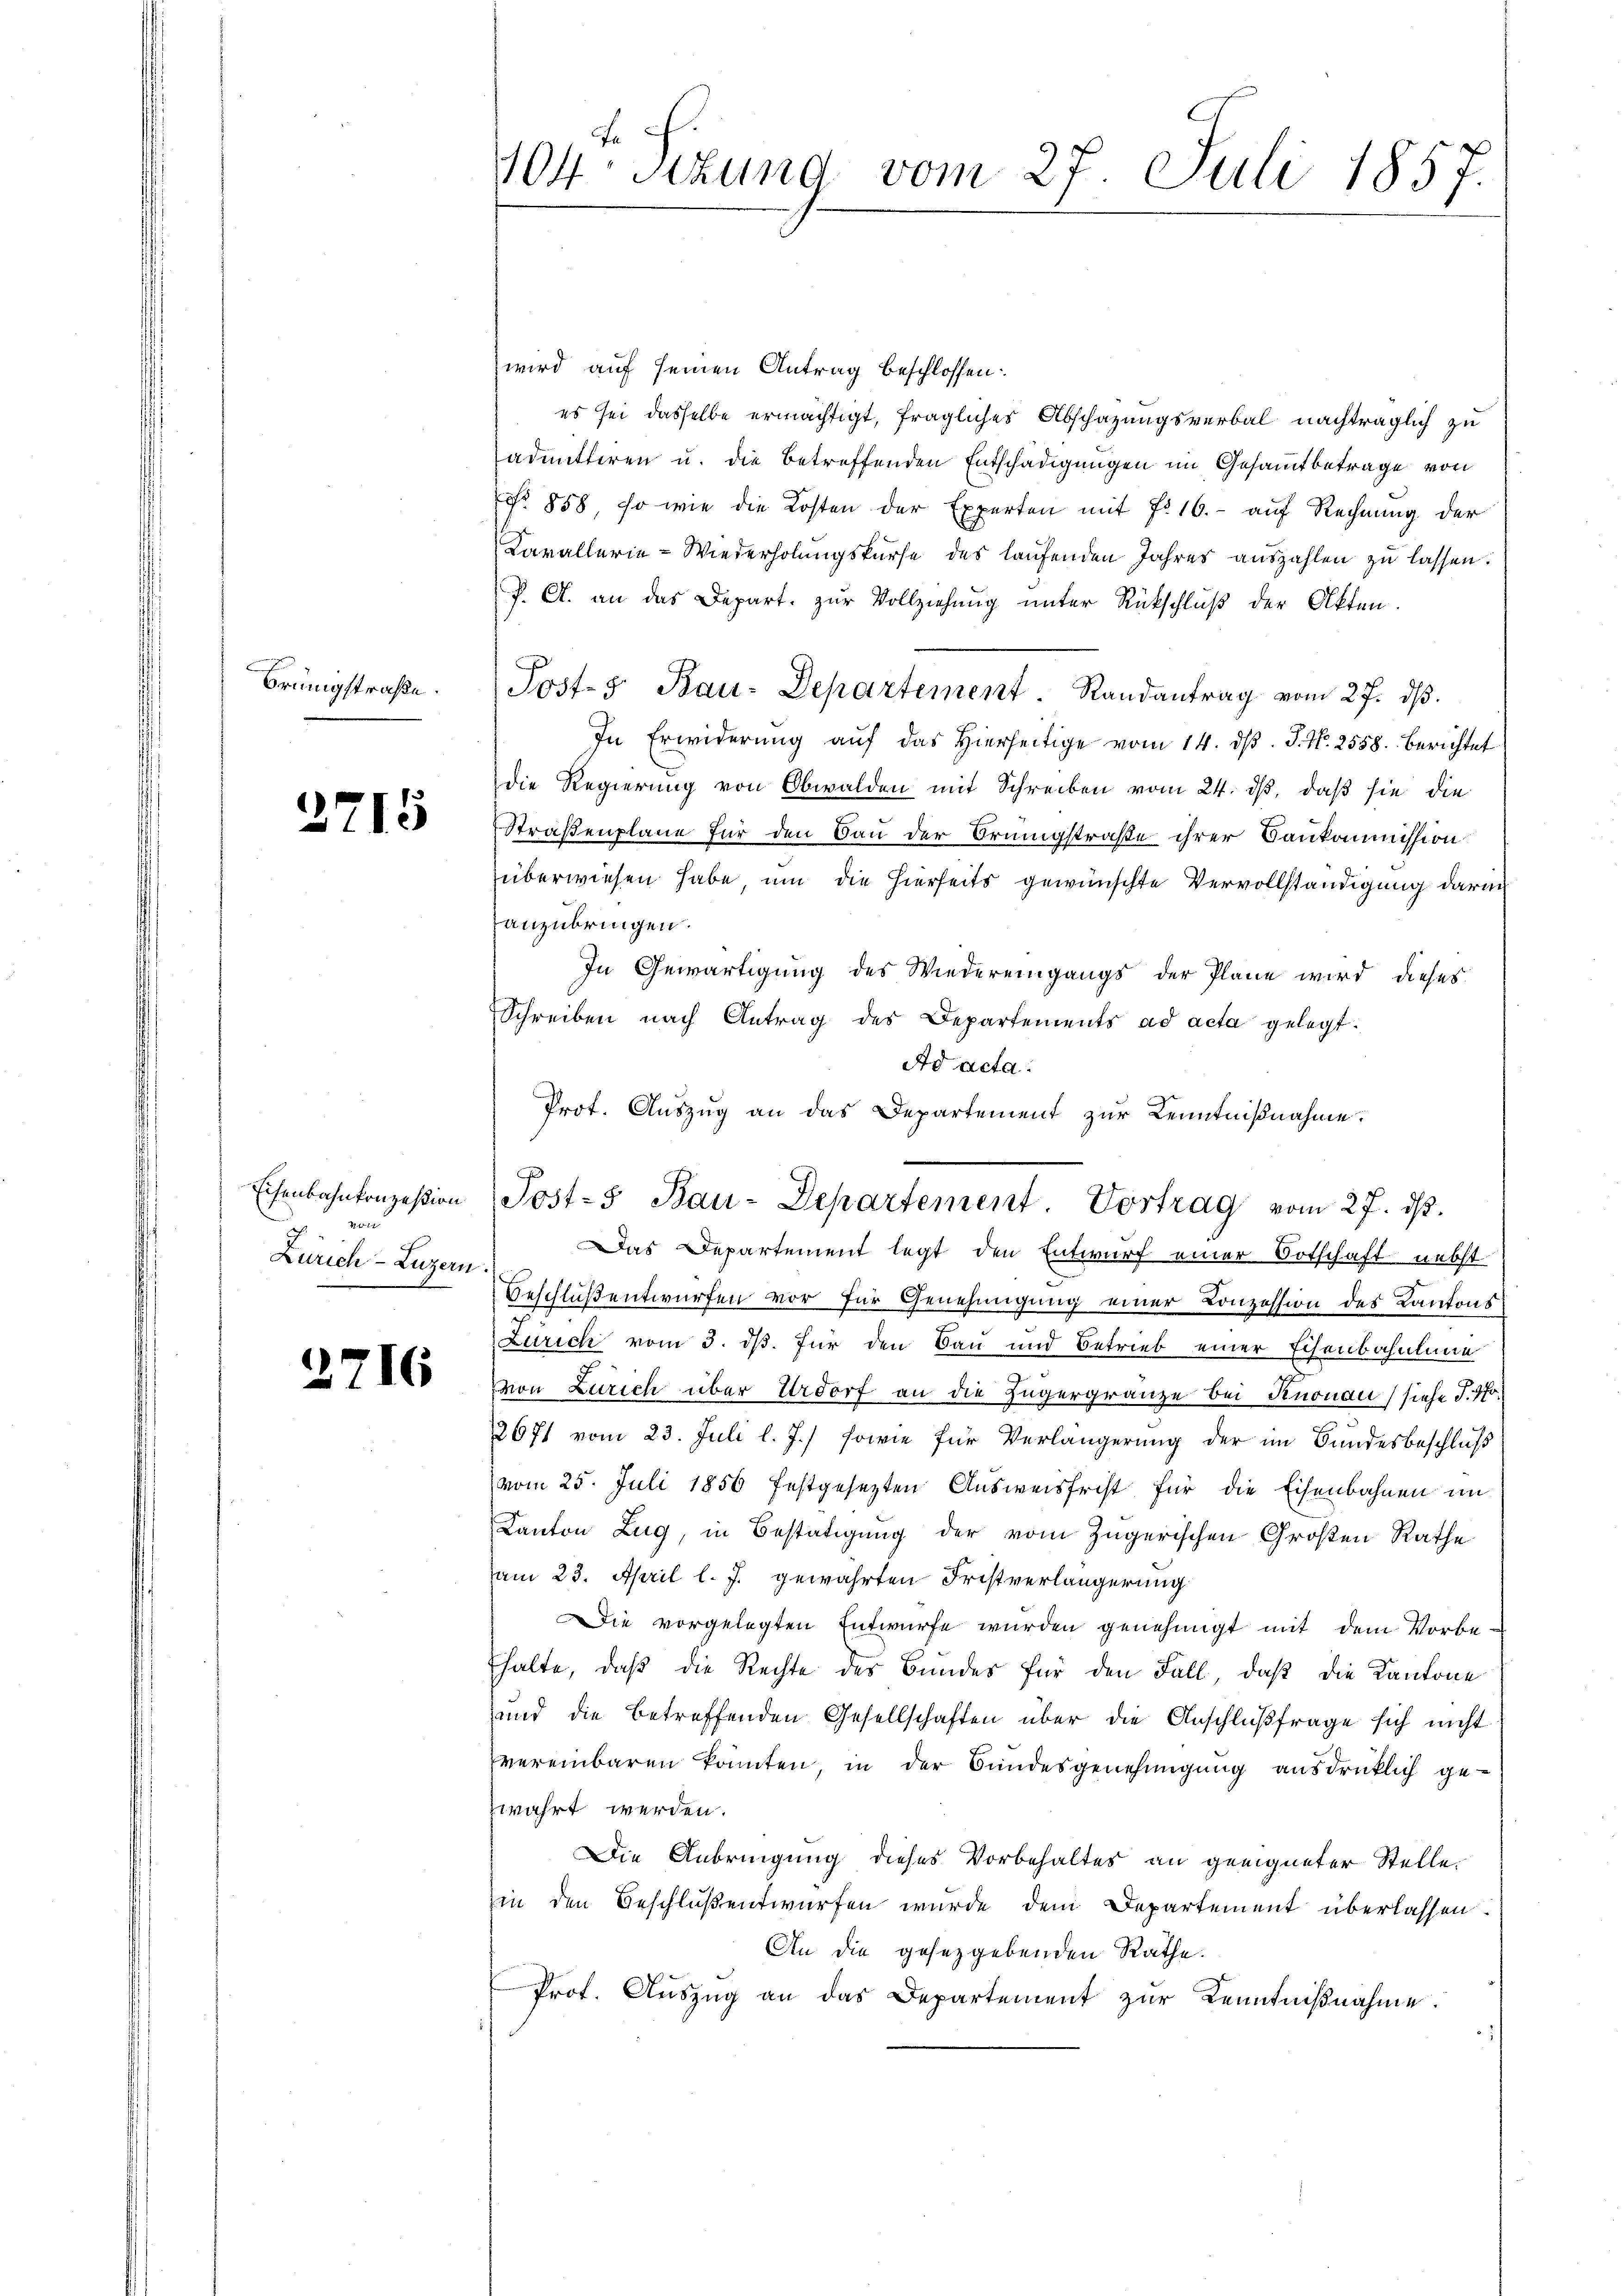
Brüngstraße.

2715

Eisenbahnkonzession
2
Zürich–Luzern.

2716

104 sizung vom 27. Juli 1857.

wird auf seinen Antrag beschlossen:
es sei dasselbe ermächtigt, fragliches Abschazungsverbal nachträglich zu
admittiren u. die betreffenden Entschädigungen im Gesammtbetrage von
No 858, so wie die Kosten der Experten mit No 16. - auf Rechnung der
Cavallerie-Wiederholungskurse des laufenden Jahres auszahlen zu lassen.
P. A. an das Depart. zur Vollziehung unter Rückschluß der Akten.
Post- Bau-Departement. Randantrag vom 27. dβ.
In Erwiderŭng aŭf das hierseitige vom 14. dβ. J. N. 2558. berichtet
Die Regierung von Obwalden mit Schreiben vom 24. ds, daß sie die
Straßenplane für den Bau der Orungstraße ihrer Baukommission
überwiesen habe um die hierseits gewünschte Vervollständigung daran
Tanzubringen.
In Gewärtigung des Wiedereingangs der Pläne wird dieses
Schreiben nach Antrag des Departements ad acta gelegt.
Ad acta.
Prot. Auszug an das Departement zur Kenntnißnahme.
Das Departement legt den Entwurf einer Botschaft nebst
Beschluß entwürfen vor für Genehmigung einer Conzession des Kantons
Zürich vom 3. ds. für den Bau und Betrieb einer Eisenbahnlaue
von Zürich über Urdorf an die Zugergränze bei Knonau (siehe J. No
2671 vom 23. Juli l. J.) sowie für Verlängerung der im Bundesbeschluß
vom 25. Juli 1856 festgesezten Ausweisfrist für die Eisenbahnen im
Canton Zug, in Bestätigung der vom Zugerischen Großen Rathe
am 23. April l. J. gewährten Fristverlängerung
Die vorgelegten Entwurfe wurden genehmigt mit dem Vorbethalte, daß die Rechte des Bundes für den Fall, daß die Kantone
und die betreffenden Gesellschaften über die Anschlußfrage sich nicht
vereinbaren konnten, in der Bundesgenehmigŭng ausdrücklich ge-
zwahrt werden.
Die Anbringung dieses Vorbehaltes an geeigneter Stelle.
zin den Beschluß entwürfen wurde dem Departement überlassen:
An die gesetzgebenden Rathe.
Prot. Aŭszŭg an das Departement zŭr Kenntniβnahme.

Post-5 Bau-Departement Vortrag vom 27. ds.